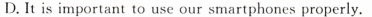
D.It is important to use our smartphones properly.